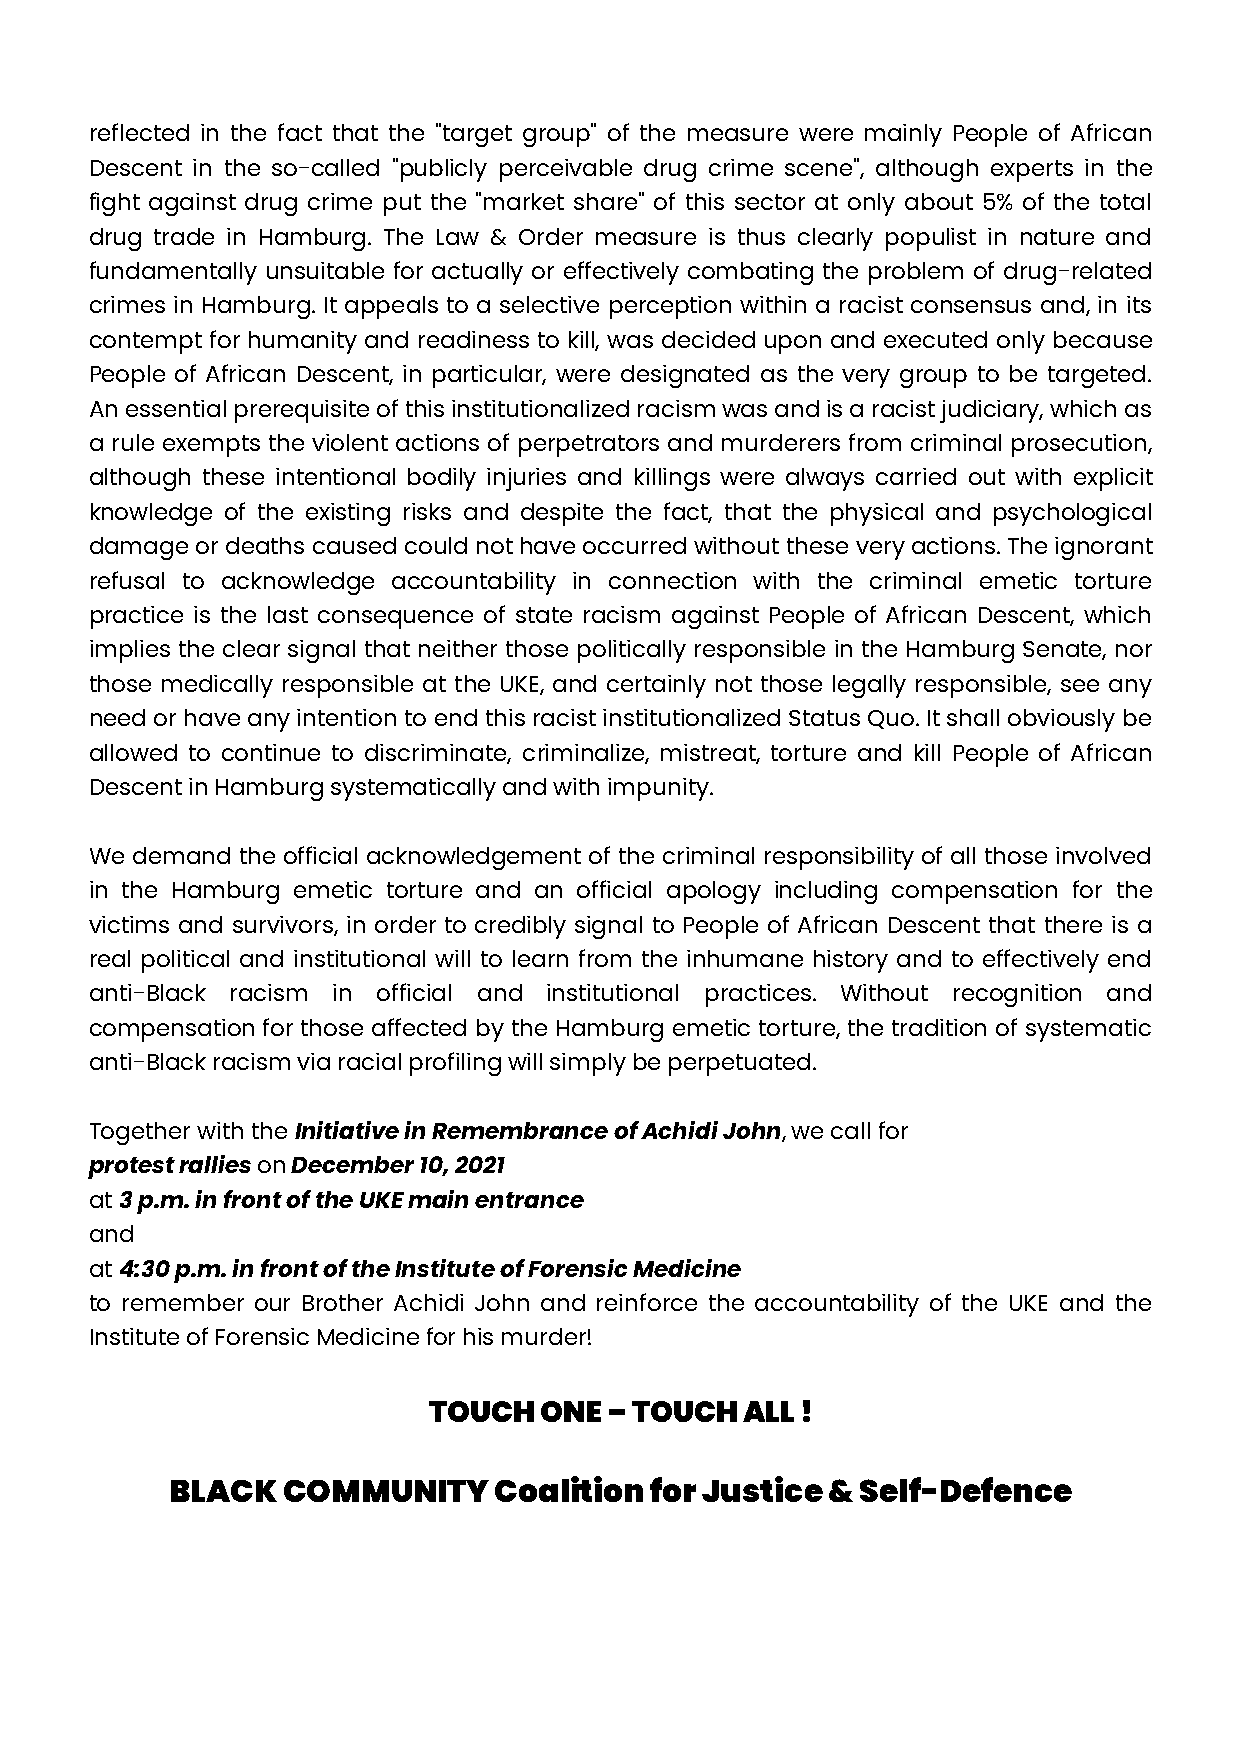
reflected in the fact that the "target group" of the measure were mainly People of African
 Descent in the so-called "publicly perceivable drug crime scene", although experts in the
 fight against drug crime put the "market share" of this sector at only about 5% of the total
 drug trade in Hamburg. The Law & Order measure is thus clearly populist in nature and
 fundamentally unsuitable for actually or effectively combating the problem of drug-related
 crimes in Hamburg. It appeals to a selective perception within a racist consensus and, in its
 contempt for humanity and readiness to kill, was decided upon and executed only because
 People of African Descent, in particular, were designated as the very group to be targeted.
 An essential prerequisite of this institutionalized racism was and is a racist judiciary, which as
 a rule exempts the violent actions of perpetrators and murderers from criminal prosecution,
 although these intentional bodily injuries and killings were always carried out with explicit
 knowledge of the existing risks and despite the fact, that the physical and psychological
 damage or deaths caused could not have occurred without these very actions. The ignorant
 refusal to acknowledge accountability in connection with the criminal emetic torture
 practice is the last consequence of state racism against People of African Descent, which
 implies the clear signal that neither those politically responsible in the Hamburg Senate, nor
 those medically responsible at the UKE, and certainly not those legally responsible, see any
 need or have any intention to end this racist institutionalized Status Quo. It shall obviously be
 allowed to continue to discriminate, criminalize, mistreat, torture and kill People of African
 Descent in Hamburg systematically and with impunity.
 We demand the official acknowledgement of the criminal responsibility of all those involved
 in the Hamburg emetic torture and an official apology including compensation for the
 victims and survivors, in order to credibly signal to People of African Descent that there is a
 real political and institutional will to learn from the inhumane history and to effectively end
 anti-Black racism in official and institutional practices. Without recognition and
 compensation for those affected by the Hamburg emetic torture, the tradition of systematic
 anti-Black racism via racial profiling will simply be perpetuated.
 Together with the Initiative in Remembrance of Achidi John, we call for
 protest rallies on December 10, 2021
 at 3 p.m. in front of the UKE main entrance
 and
 at 4:30 p.m. in front of the Institute of Forensic Medicine
 to remember our Brother Achidi John and reinforce the accountability of the UKE and the
 Institute of Forensic Medicine for his murder!
 TOUCH   ONE – TOUCH  ALL !
 BLACK   COMMUNITY     Coalition for Justice & Self-Defence